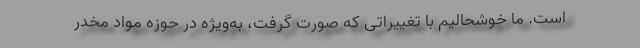
است. ما خوشحالیم با تغییراتی که صورت گرفت، به‌ویژه در حوزه مواد مخدر